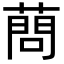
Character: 蔄